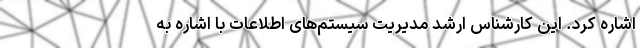
اشاره کرد. این کارشناس ارشد مدیریت سیستم‌های اطلاعات با اشاره به